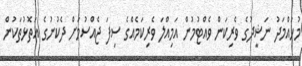
މުހައްމަދު ނަޝީދުގެ ވެރިކަން ވެއްޓުމުން އަމިއްލަ ވެރިކަމެއްގެ ސިފަ ޖެއްސުމަށް ދެކުނުގެ އަތޮޅުތަކުން